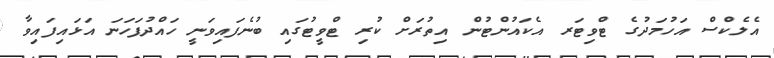
އެލެކްސް އަހުމަދުގެ ޓްވިޓަރ އެކައުންޓުން އިތުރަށް ކުރި ޓްވީޓުގައި ބުނެފައިވަނީ ހައްދުފަހަނަ އަޅައިފައިވާ